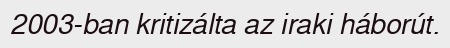
2003-ban kritizálta az iraki háborút.